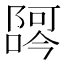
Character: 𫕖